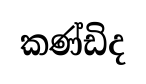
කණ්ඩිද